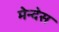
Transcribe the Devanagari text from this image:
मेन्देस